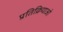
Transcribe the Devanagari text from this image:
प्रतिक्रियाओ